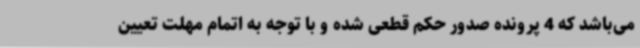
می‌باشد که 4 پرونده صدور حکم قطعی شده و با توجه به اتمام مهلت تعیین